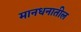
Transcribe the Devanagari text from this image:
मानधनातील